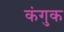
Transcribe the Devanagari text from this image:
कंगुक